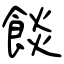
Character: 餤